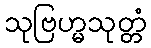
သုဗြဟ္မသုတ္တံ